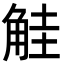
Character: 觟